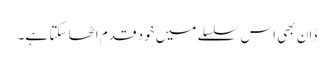
ڈان بھی اس سلسلے میں خود قدم اٹھا سکتا ہے۔